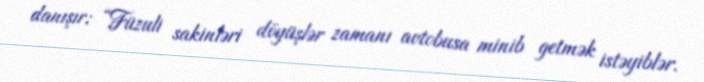
danışır: “Füzuli sakinləri döyüşlər zamanı avtobusa minib getmək istəyiblər.